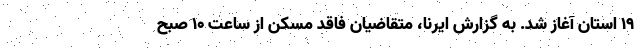
۱۹ استان آغاز شد. به گزارش ایرنا، متقاضیان فاقد مسکن از ساعت ۱۰ صبح